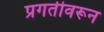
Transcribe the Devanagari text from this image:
प्रगतीवरून